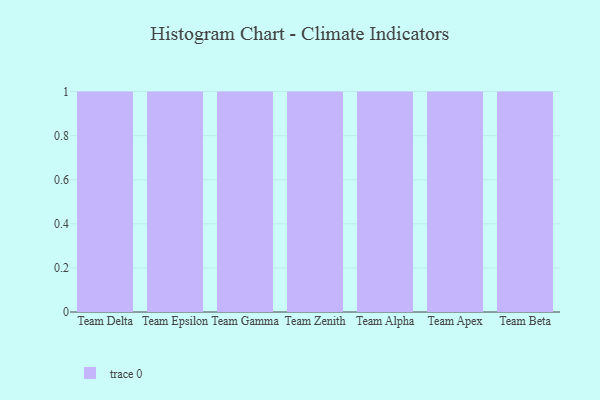
{"axis": {"x": "Team", "y": "Page Views"}, "legend": [""], "data": [{"x": "Team Delta", "y": 36, "type": ""}, {"x": "Team Epsilon", "y": 62, "type": ""}, {"x": "Team Gamma", "y": 23, "type": ""}, {"x": "Team Zenith", "y": 100, "type": ""}, {"x": "Team Alpha", "y": 20, "type": ""}, {"x": "Team Apex", "y": 79, "type": ""}, {"x": "Team Beta", "y": 16, "type": ""}]}